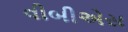
વીબીએસ